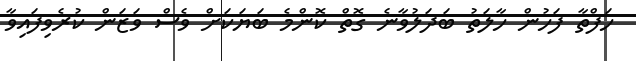
ހަފްތާ ފަހުން ހާލަތު ބަދަލުވާނެ ގޮތް ކޮންމެ ބަޔަކަށް ވެސް ވަޒަން ކުރެވިފައިވާ